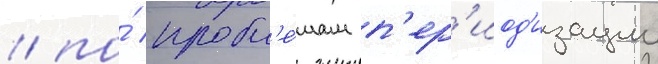
/ по́ пробл'е́мам п'ер'иод'изации